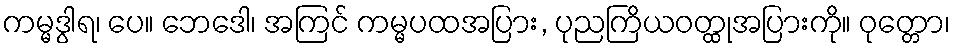
ကမ္မဒွါရ၊ ပေ။ ဘေဒေါ၊ အကြင် ကမ္မပထအပြား, ပုညကြိယဝတ္ထုအပြားကို။ ဝုတ္တော၊